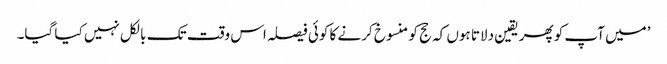
’میں آپ کو پھر یقین دلاتا ہوں کہ حج کو منسوخ کرنے کا کوئی فیصلہ اس وقت تک بالکل نہیں کیا گیا۔